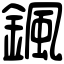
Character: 𩗩